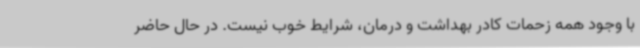
با وجود همه زحمات کادر بهداشت و درمان، شرایط خوب نیست. در حال حاضر